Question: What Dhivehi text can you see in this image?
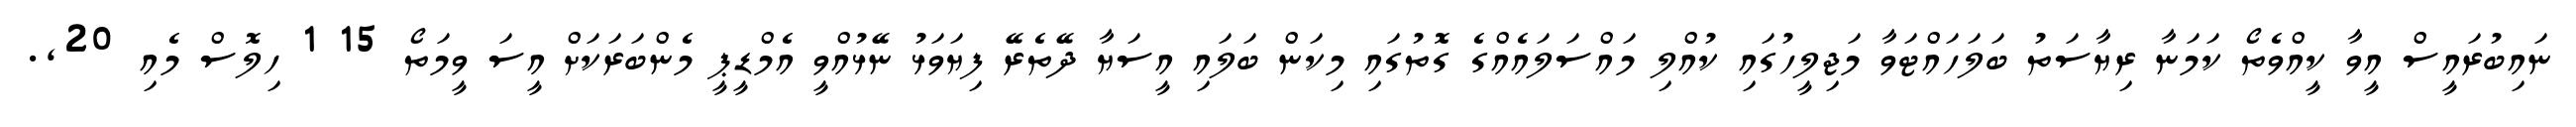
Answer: ނައިބުރައީސް އީވާ ކީއްވެތޯ ކަމަނާ ރިޔާސަތު ބަލަހައްޓަވާ މަޖިލީހުގައި ކުއްލި މައްސަލައެއްގެ ގޮތުގައި މިކަން ބަލައި އީސަޔާ ދޭތެރޭ ފިޔަވަޅު ނޭޅުއްވީ އެމްޑީޕީ މެންބަރަކަށް އީސަ ވީމަތޯ 15 1 ހިލޮސް މެއި 20,.